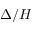
\Delta / H